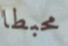
محبطا